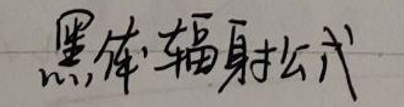
黑体辐射公式